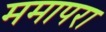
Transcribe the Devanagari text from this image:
ममापरा